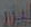
ليزر